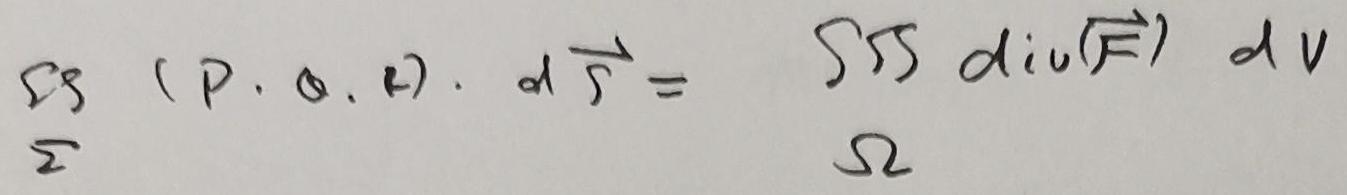
\[
\iint_{\Sigma} (P, 0, R) \cdot d\vec{S} = \iiint_{\Omega} \text{div}(\vec{F}) \, dV
\]